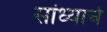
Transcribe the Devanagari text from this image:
सांध्याचे